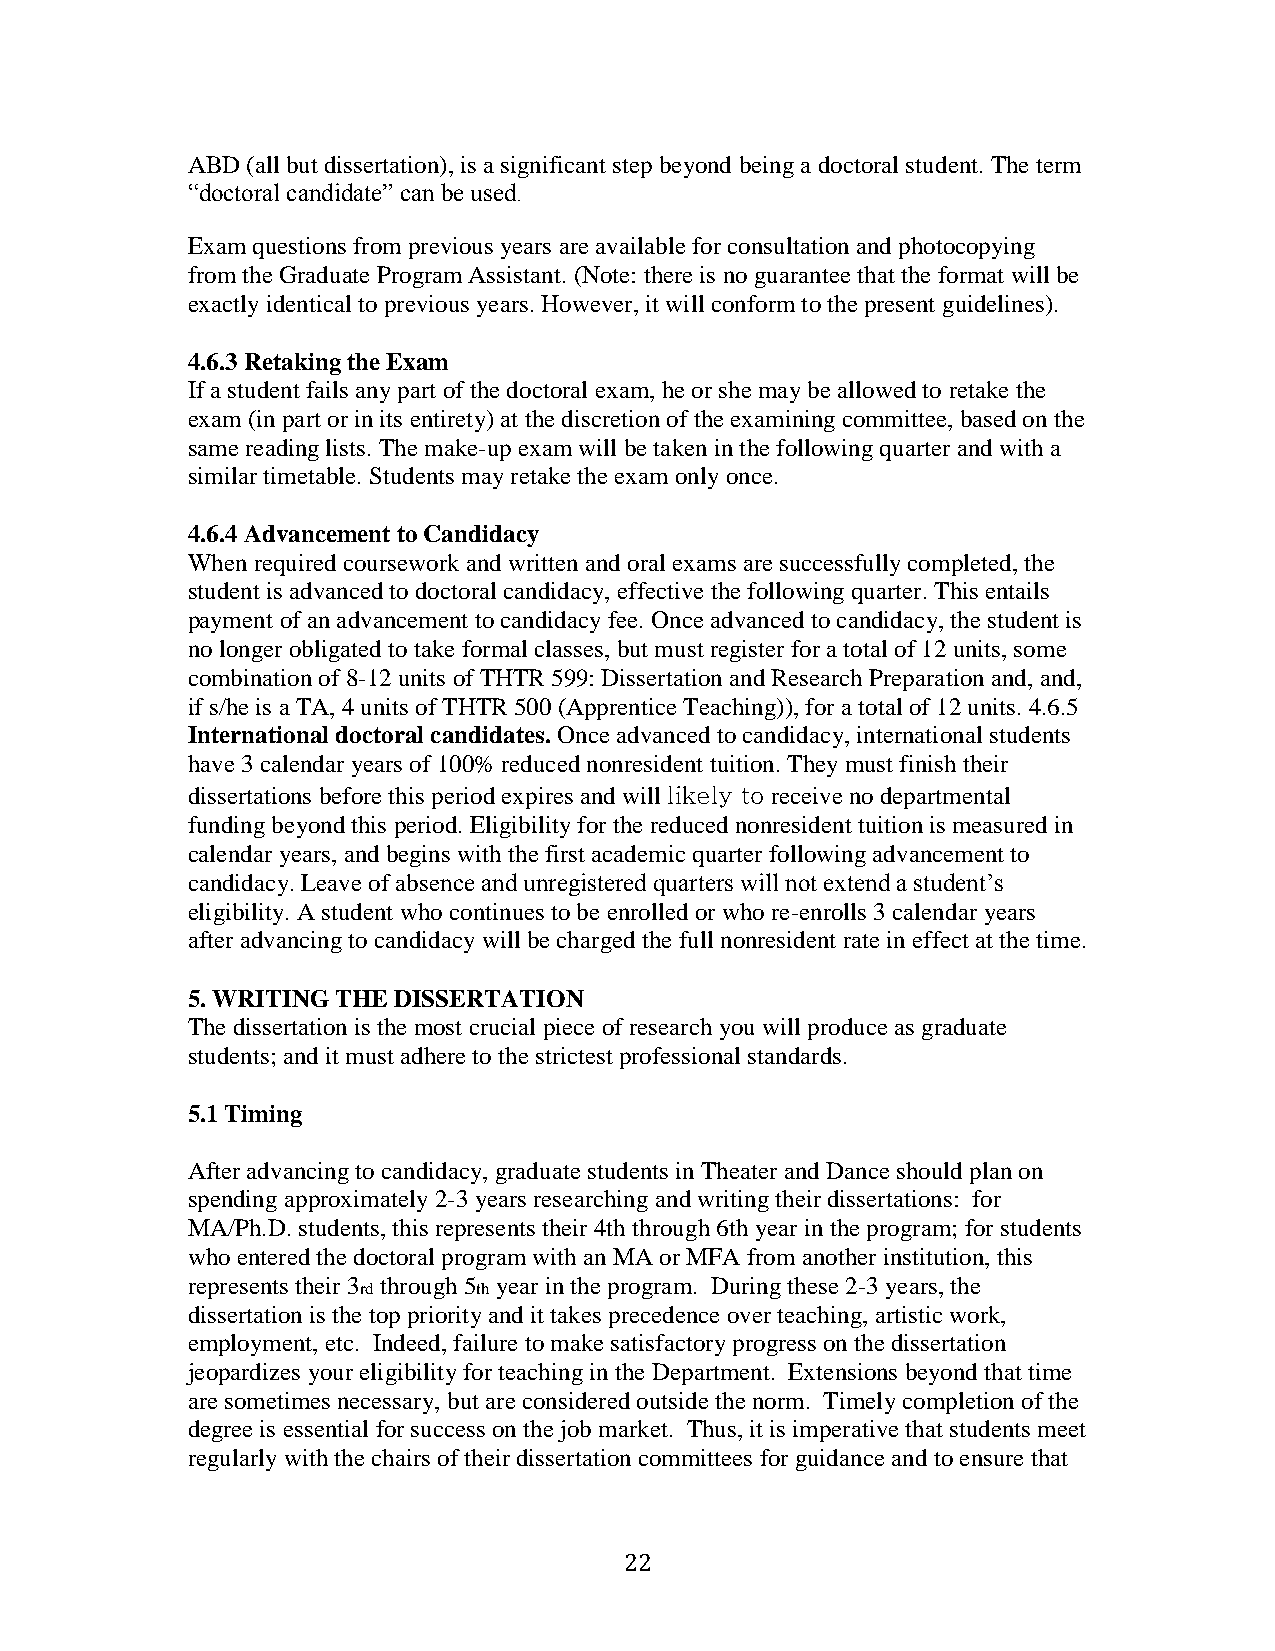
ABD (all but dissertation), is a significant step beyond being a doctoral student. The term
 “doctoral candidate” can be used.
 Exam questions from previous years are available for consultation and photocopying
 from the Graduate Program Assistant. (Note: there is no guarantee that the format will be
 exactly identical to previous years. However, it will conform to the present guidelines).
 4.6.3 Retaking the Exam
 If a student fails any part of the doctoral exam, he or she may be allowed to retake the
 exam (in part or in its entirety) at the discretion of the examining committee, based on the
 same reading lists. The make-up exam will be taken in the following quarter and with a
 similar timetable. Students may retake the exam only once.
 4.6.4 Advancement to Candidacy
 When required coursework and written and oral exams are successfully completed, the
 student is advanced to doctoral candidacy, effective the following quarter. This entails
 payment of an advancement to candidacy fee. Once advanced to candidacy, the student is
 no longer obligated to take formal classes, but must register for a total of 12 units, some
 combination of 8-12 units of THTR 599: Dissertation and Research Preparation and, and,
 if s/he is a TA, 4 units of THTR 500 (Apprentice Teaching)), for a total of 12 units. 4.6.5
 International doctoral candidates. Once advanced to candidacy, international students
 have 3 calendar years of 100% reduced nonresident tuition. They must finish their
 dissertations before this period expires and will likely to receive no departmental
 funding beyond this period. Eligibility for the reduced nonresident tuition is measured in
 calendar years, and begins with the first academic quarter following advancement to
 candidacy. Leave of absence and unregistered quarters will not extend a student’s
 eligibility. A student who continues to be enrolled or who re-enrolls 3 calendar years
 after advancing to candidacy will be charged the full nonresident rate in effect at the time.
 5. WRITING THE DISSERTATION
 The dissertation is the most crucial piece of research you will produce as graduate
 students; and it must adhere to the strictest professional standards.
 5.1 Timing
 After advancing to candidacy, graduate students in Theater and Dance should plan on
 spending approximately 2-3 years researching and writing their dissertations: for
 MA/Ph.D. students, this represents their 4th through 6th year in the program; for students
 who entered the doctoral program with an MA or MFA from another institution, this
 represents their 3 through 5 year in the program. During these 2-3 years, the
 rd      th
 dissertation is the top priority and it takes precedence over teaching, artistic work,
 employment, etc. Indeed, failure to make satisfactory progress on the dissertation
 jeopardizes your eligibility for teaching in the Department. Extensions beyond that time
 are sometimes necessary, but are considered outside the norm. Timely completion of the
 degree is essential for success on the job market. Thus, it is imperative that students meet
 regularly with the chairs of their dissertation committees for guidance and to ensure that
 22